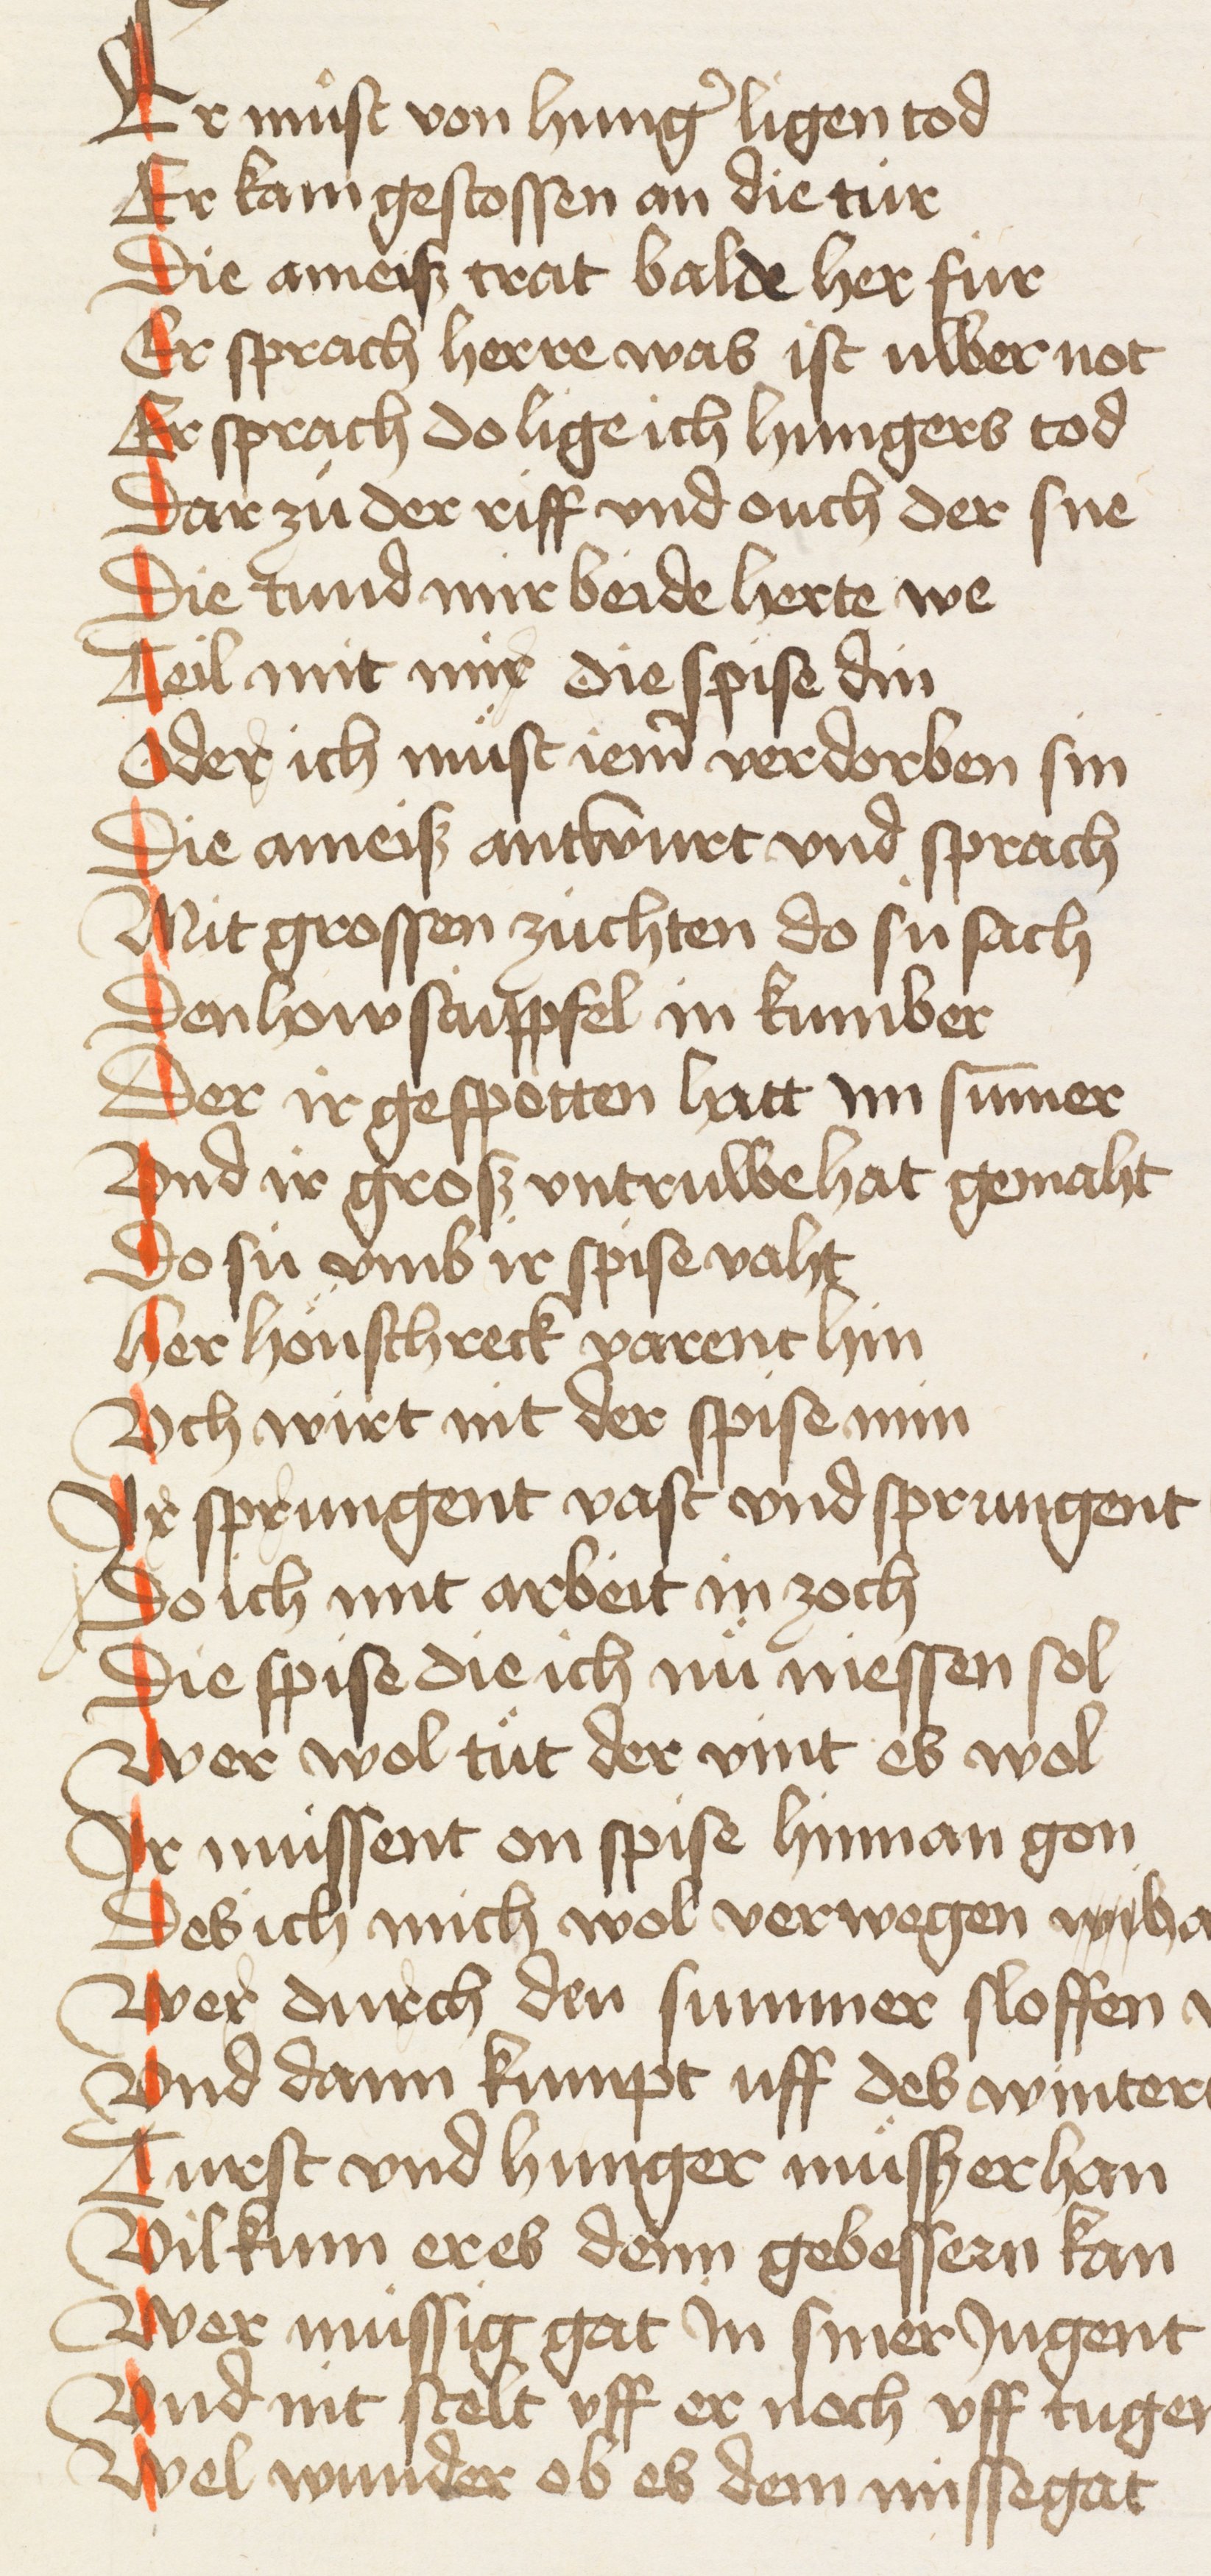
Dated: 1440–1475